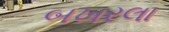
બખરલા